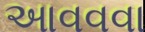
આવવવા